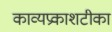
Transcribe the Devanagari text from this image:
काव्यप्रकाशटीका